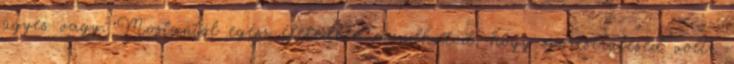
ügyes vagy. Mostantól egész életedben mondhatod, hogy sportsérülésed volt,.